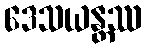
ဒေသယန္တဿ